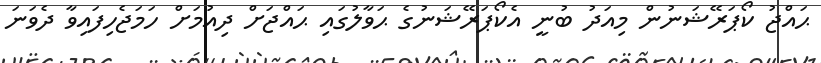
ޙައްޖު ކޯޕަރޭޝަނުން މިއަދު ބުނީ އެކޯޕަރޭޝަނުގެ ޙަވާލުގައި ޙައްޖަށް ދިއުމަށް ހަމަޖެހިފައިވާ ދެވަނަ